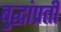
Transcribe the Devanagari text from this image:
बुद्धांप्रती